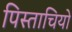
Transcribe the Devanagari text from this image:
पिस्ताचियो